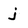
Character: j